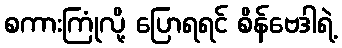
စကားကြုံလို့ ပြောရရင် စိန်ဗေဒါရဲ့